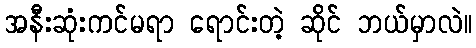
အနီးဆုံးကင်မရာ ရောင်းတဲ့ ဆိုင် ဘယ်မှာလဲ။